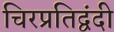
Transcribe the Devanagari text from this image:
चिरप्रतिद्वंदी